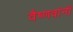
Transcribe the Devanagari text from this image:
वैष्णवांनी